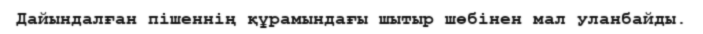
Дайындалған пішеннің құрамындағы шытыр шөбінен мал уланбайды.